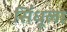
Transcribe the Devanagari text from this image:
सिंधूला